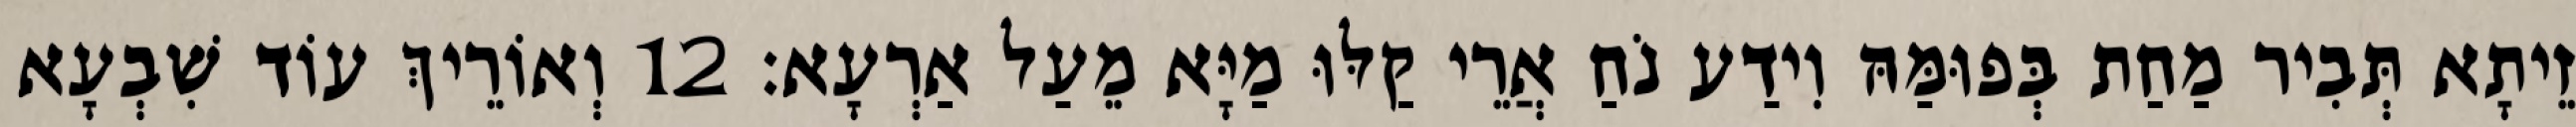
זֵיתָא תְּבִיר מַחַת בְּפוּמַּהּ וִידַע נֹחַ אֲרֵי קַלּוּ מַיָּא מֵעַל אַרְעָא׃ 12 וְאוֹרֵיךְ עוֹד שִׁבְעָא